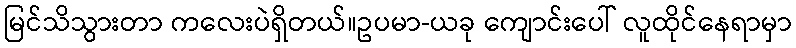
မြင်သိသွားတာ ကလေးပဲရှိတယ်။ဥပမာ-ယခု ကျောင်းပေါ် လူထိုင်နေရာမှာ